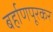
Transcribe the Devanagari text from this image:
बर्हाणपूरकर